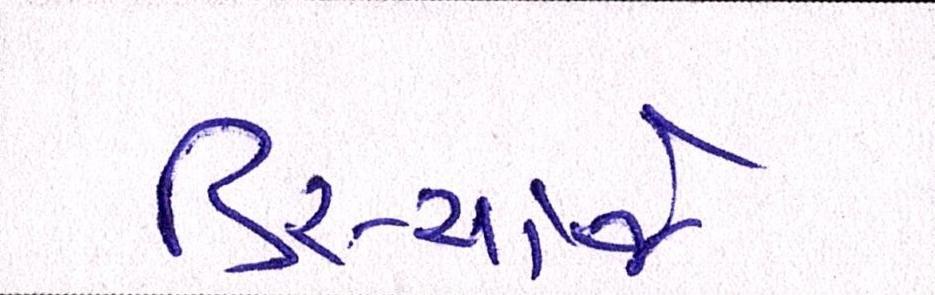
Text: ડિસ્ચાર્જ